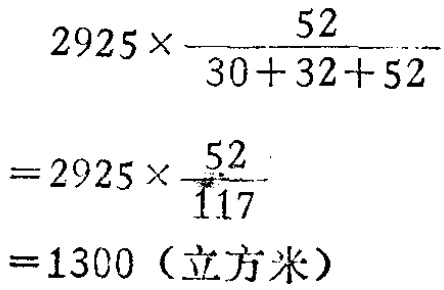
\[

\begin{align*}

&2925\times\frac{52}{30 + 32 + 52}\\

=&2925\times\frac{52}{117}\\

=&1300（立方米）

\end{align*}

\]